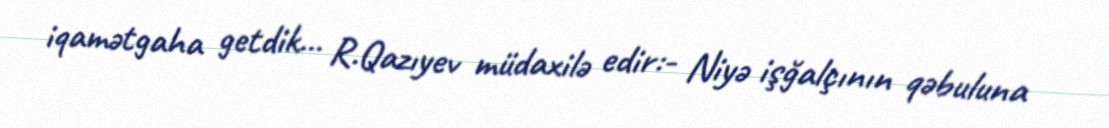
iqamətgaha getdik... R.Qazıyev müdaxilə edir:- Niyə işğalçının qəbuluna